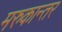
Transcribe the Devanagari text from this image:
मरुकान्तर